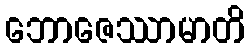
ဘောဇေဿာမာတိ